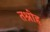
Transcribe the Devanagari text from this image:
तश्रीह